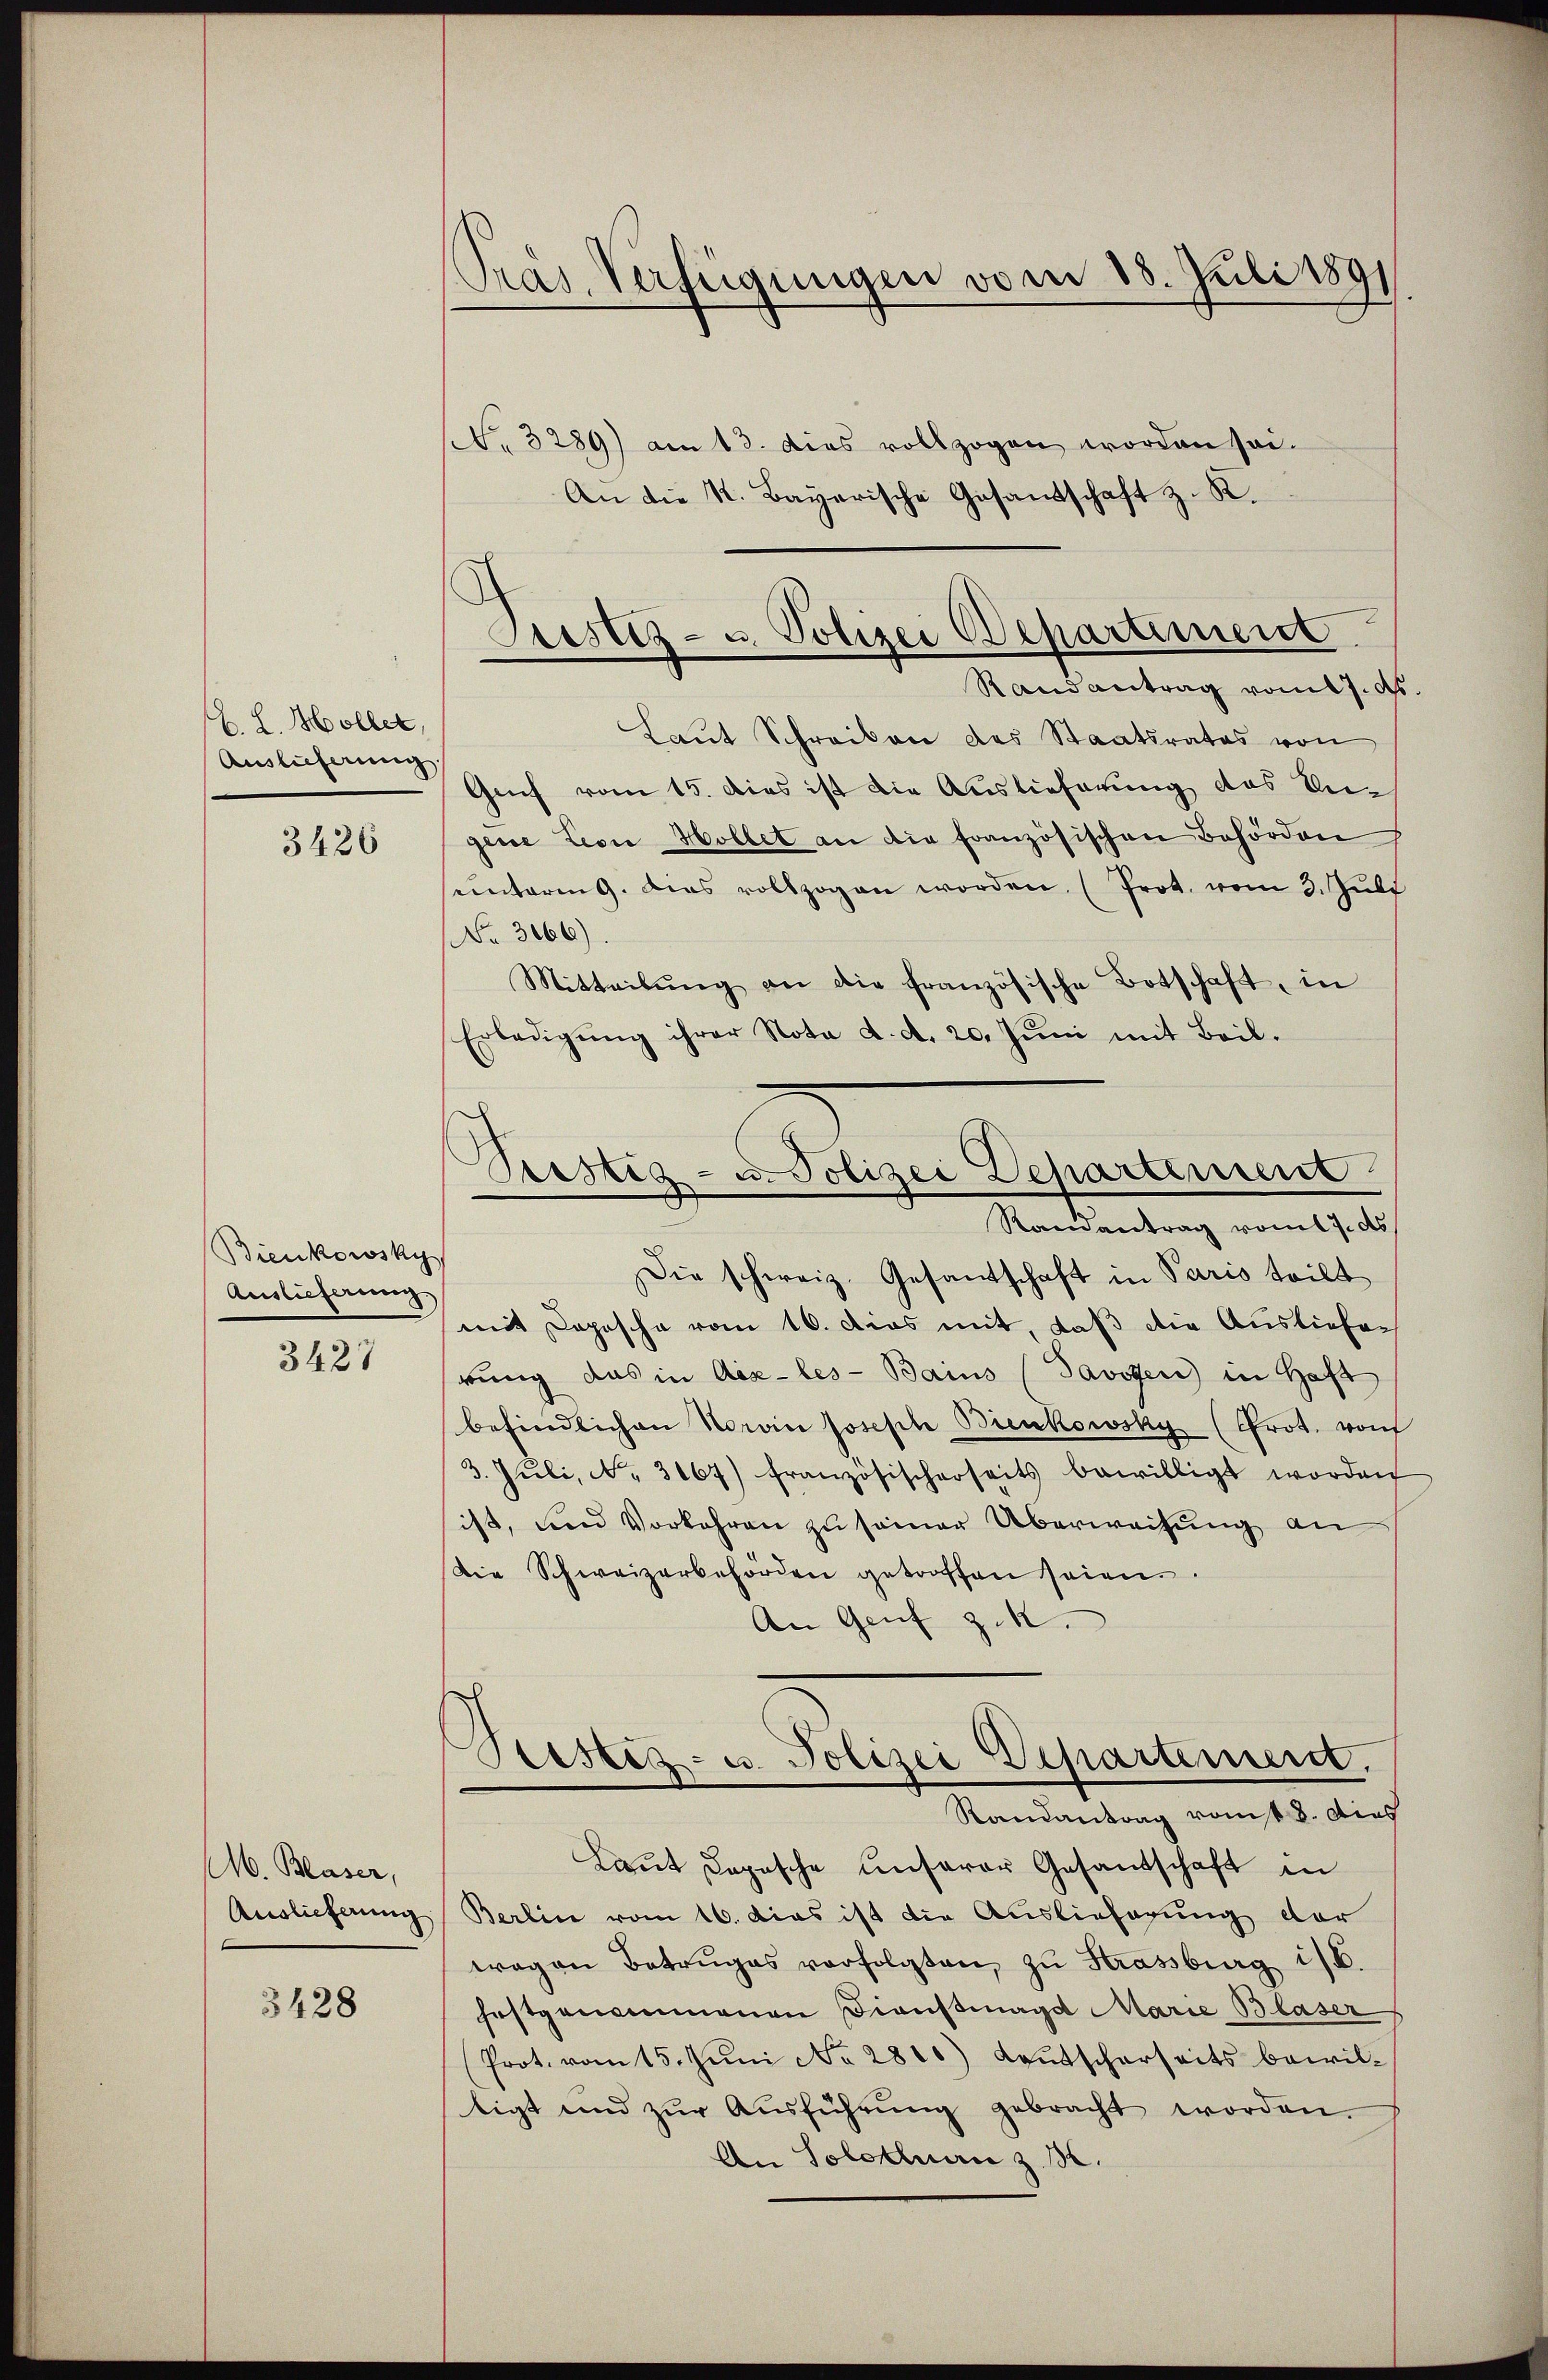
E. H. Möller,
Auslieferung

3426

Bienkowsky
Auslieferung.

3427

M. Blaser,
Auslieferung

3428

Pras. Verfügungen vom 18. Juli 1891

(S. 3289) am 13. dies vollzogen worden sei.
An die St. Bayerische Gesandschaft z. R.
Laut Schreiben des Staatsrates von
Genf vom 15. dies ist die Auslieferung des Ungene Leon Hollet an die französischen Behörden
einteren 9. dies vollzogen worden. (Prot. vom 3. Juli
NNo. 3066).
Mitteilŭng an die französische Botschaft, in
Erledigŭng ihrer Nota d. d. 20. Jŭni mit Beil.

Prestiz- u. Polizei Bepartement
Randantrag vom 17. d.

Vestig - u. Polizei Departement
Randantrag vom 17. ds

Die schweiz. Gesandschaft in Paris teilt
mit Depesche vom 16. dies mit, daß die Ausliefer
rung das in Aix-les-Bains (Javozen in Haft
befindlichen Norvin Josepte Bienkowsky (Crot. von
3. Jŭli, No. 3167) französischerseits bewilligt worden
ist, und Vorkehren zu seiner Überweisung an
Die Schweizerbehörden getroffen seien.
An Genf z.
Seestes- u. Polizei Departement.
Randantrag von 8. dies
Laut Copische unserer Gesandschaft in
Berlin vom 16. Das ist die Auslieferung der
wagen Betruges verfolgten, zu Strassburg i/B.
festgenommenen Dienstmagd Marie Blaser
Prot. vom 15. Juni No 2800) Lautscherseits bewiltigt und zŭr Aŭsführŭng gebracht worden.
An Solothurn z. B.